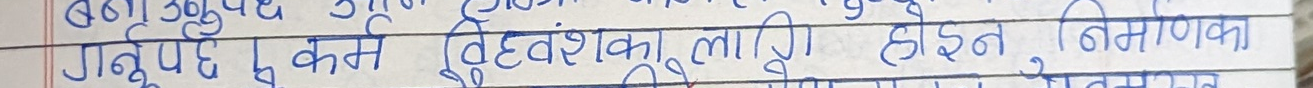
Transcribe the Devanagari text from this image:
बडा उपयुक्त, जुन्
गनुपर्छ कर्म विध्वंसकका लागि होइन, निर्माणका